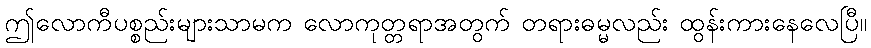
ဤလောကီပစ္စည်းများသာမက လောကုတ္တရာအတွက် တရားဓမ္မလည်း ထွန်းကားနေလေပြီ။